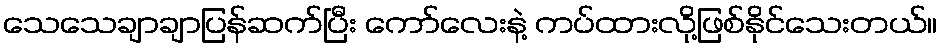
သေသေချာချာပြန်ဆက်ပြီး ကော်လေးနဲ့ ကပ်ထားလို့ဖြစ်နိုင်သေးတယ်။